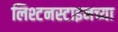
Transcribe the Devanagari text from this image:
लिश्टनस्टाइनच्या